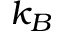
k _ { B }